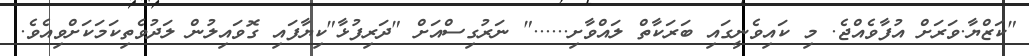
"ކަޒްޔާ.ވަރަށް އުފާވެއްޖެ. މި ކައިވެނީގައި ބަރަކާތް ލައްވާށި......" ނަރުގިސްއަށް "ދަރިފުޅާ"ކިޔާފައި ގޮވައިލުން ލަދުވެތިކަމަކަށްވިއެވެ.